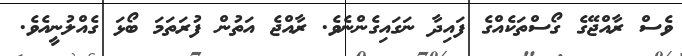
ވެސް ރާއްޖޭގެ ގޯސްތަކެއްގެ ފައިދާ ނަގައިގެންނެވެ. ރާއްޖެ އަތުން ފުރަތަމަ ބޯޅަ ގެއްލުނީއެވެ.